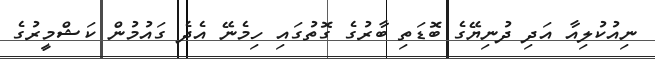
ނިއުކުލިއާ އަދި ދުނިޔޭގެ ބޮޑަތި ބާރުގެ ގޮތުގައި ހިމެނޭ އެދެ ގައުމުން ކަޝްމީރުގެ